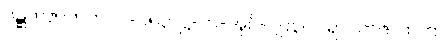
ဝဋ္ဋကဇာတက၊ ပါ-၁၅၃၊ ဋ္ဌ-တ-အုပ်-၂၉၃။ ပါရာဝတဇာတက၊